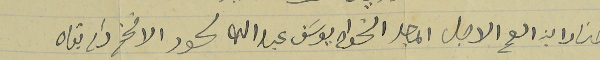
جناب ابن العم الاجل الماجد الخواجه يوسَف عبدلله لحود الافخم دام بقاه